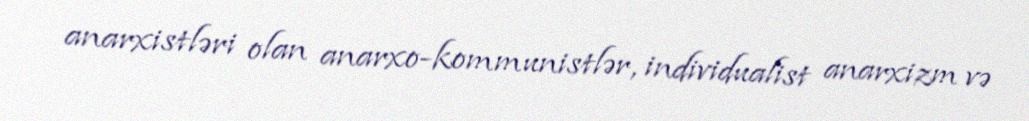
anarxistləri olan anarxo-kommunistlər, individualist anarxizm və